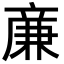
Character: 亷